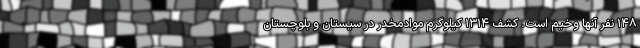
۱۴۸ نفر آنها وخیم است. کشف ۱۳۱۴ کیلوگرم موادمخدر در سیستان و بلوچستان